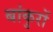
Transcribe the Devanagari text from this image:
बांकुरों